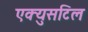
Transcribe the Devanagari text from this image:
एक्युसटिल